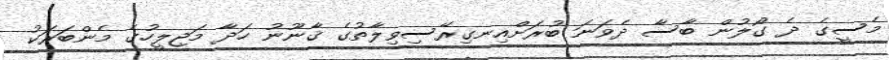
މެސީގެ ދެ ގޯލުން ބާސާ ދެވަނަ ބުރަށްއިނގިރޭސިވިލާތުގެ ޤާނޫނު ހަދާ މަޖިލީހުގެ މެންބަރަކު